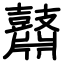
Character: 鼘